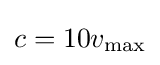
c=10v_{\text{max}}